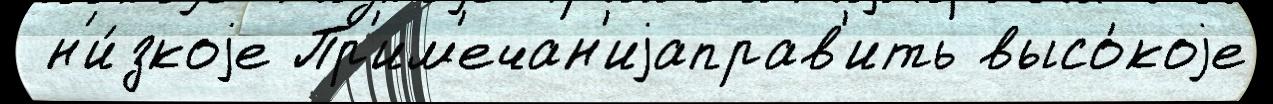
 н'и́зкоjе Пр'им'ечан'иjаправ'ить высо́коjе